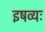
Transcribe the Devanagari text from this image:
इषव्यः